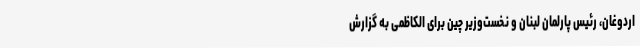
اردوغان،‌ رئیس پارلمان لبنان و نخست‌وزیر چین برای الکاظمی به گزارش